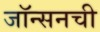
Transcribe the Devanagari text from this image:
जॉन्सनची